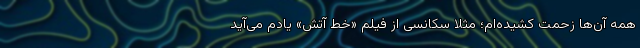
همه آن‌ها زحمت کشیده‌ام؛ مثلا سکانسی از فیلم‌ «خط آتش» یادم می‌آید